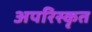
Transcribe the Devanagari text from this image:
अपरिस्कृत